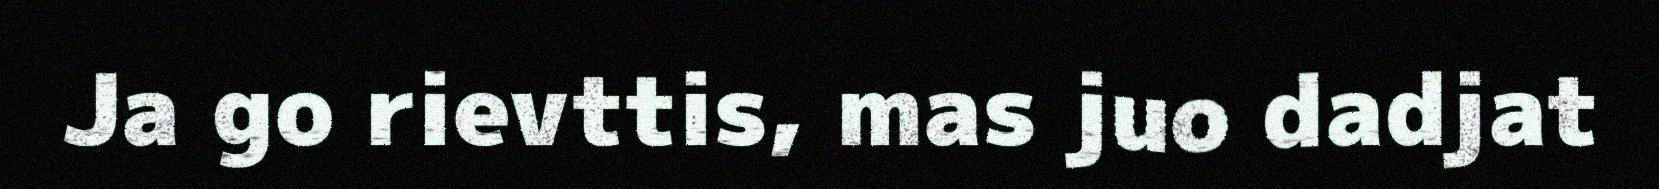
Ja go rievttis, mas juo dadjat